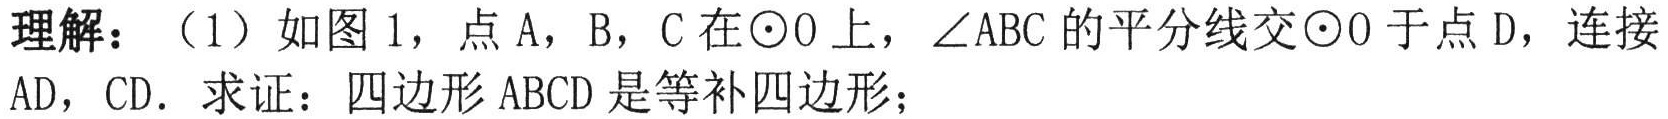
理解：（1）如图1，点\(A\)，\(B\)，\(C\)在\(\odot O\)上，\(\angle ABC\)的平分线交\(\odot O\)于点\(D\)，连接
\(AD\)，\(CD\). 求证：四边形\(ABCD\)是等补四边形；